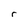
Character: r